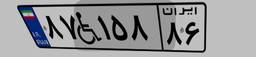
۹۶W۰۴۶۷۸